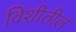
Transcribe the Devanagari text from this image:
विशीतील